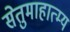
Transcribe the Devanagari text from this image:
सेतुमाहात्म्य